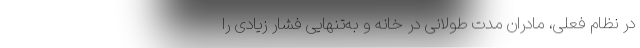
در نظام فعلی، مادران مدت طولانی در خانه و به‌تنهایی فشار زیادی را